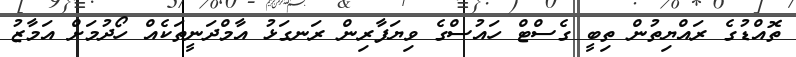
ތޮއްޑުގެ ރައްޔިތުން ތިބީ ގެސްޓް ހައުސްގެ ވިޔަފާރިން ރަނގަޅު އާމްދަނީތަކެއް ހޯދުމަށް އަމާޒު